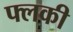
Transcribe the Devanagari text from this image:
फ्लकी